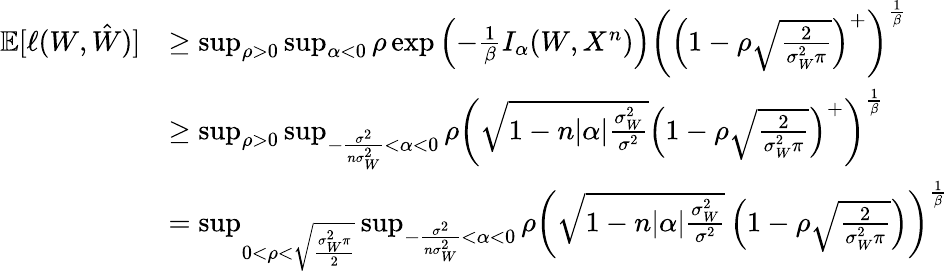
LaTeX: \begin{array}{rl}{\mathbb{E}[\ell(W,\hat{W})]}&{\geq\operatorname*{sup}_{\rho>0}\operatorname*{sup}_{\alpha<0}\rho\exp\left(-\frac 1\beta I_{\alpha}(W,X^{n})\right)\left(\left(1-\rho\sqrt\frac{2}{\sigma_{W}^{2}\pi}\right)^{+}\right)^{\frac 1\beta}}\\ &{\geq\operatorname*{sup}_{\rho>0}\operatorname*{sup}_{-\frac{\sigma^{2}}{n\sigma_{W}^{2}}<\alpha<0}\rho\left(\sqrt{1-n|\alpha|\frac{\sigma_{W}^{2}}{\sigma^{2}}}\left(1-\rho\sqrt\frac{2}{\sigma_{W}^{2}\pi}\right)^{+}\right)^{\frac 1\beta}}\\ &{=\operatorname*{sup}_{0<\rho<\sqrt{\frac{\sigma_{W}^{2}\pi}{2}}}\operatorname*{sup}_{-\frac{\sigma^{2}}{n\sigma_{W}^{2}}<\alpha<0}\rho\left(\sqrt{1-n|\alpha|\frac{\sigma_{W}^{2}}{\sigma^{2}}}\left(1-\rho\sqrt\frac{2}{\sigma_{W}^{2}\pi}\right)\right)^{\frac 1\beta}}\end{array}